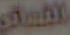
الفساق